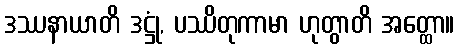
ဒဿနာယာတိ ဒဋ္ဌုံ, ပဿိတုကာမာ ဟုတွာတိ အတ္ထော။